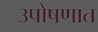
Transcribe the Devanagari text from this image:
उपोषणात